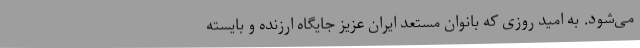
می‌شود. به امید روزی که بانوان مستعد ایران عزیز جایگاه ارزنده و بایسته